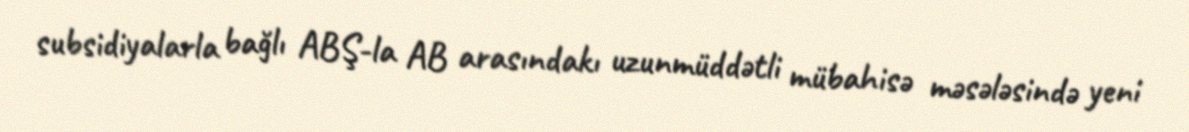
subsidiyalarla bağlı ABŞ-la AB arasındakı uzunmüddətli mübahisə məsələsində yeni